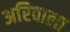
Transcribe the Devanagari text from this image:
अरिवाला